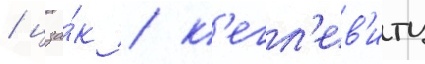
/ цза́к / к'егл'ев'итц